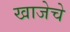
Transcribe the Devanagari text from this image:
खाजेचे